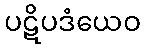
ပဋိပဒံယေဝ